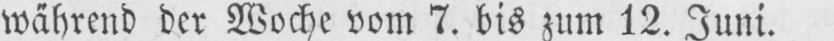
während der Woche vom 7. bis zum 12. Juni.